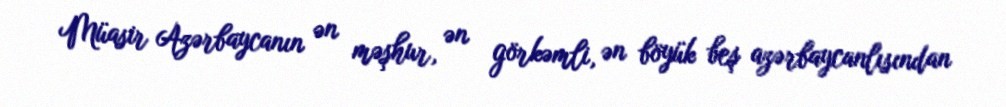
Müasir Azərbaycanın ən məşhur, ən görkəmli, ən böyük beş azərbaycanlısından